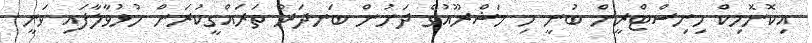
އިކޮނޮމިކް މިނިސްޓްރީން ބުނީ މި މަޝްރޫއުގެ ދަށުން ބަނދަރު ތަރައްގީކުރަން ހުޅުވާލާފައި ވަނީ